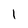
Character: I